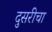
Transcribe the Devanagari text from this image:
दुसरीचा